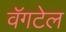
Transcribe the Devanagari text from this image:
वॅगटेल